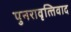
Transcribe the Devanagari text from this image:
पुनरावृत्‍तिवाद